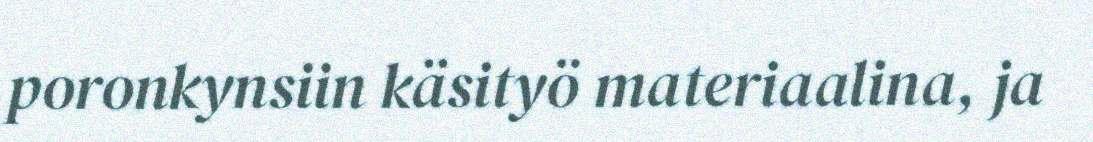
poronkynsiin käsityö materiaalina, ja